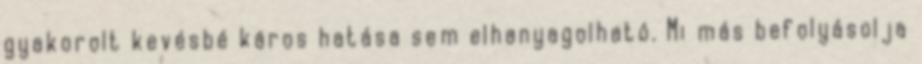
gyakorolt kevésbé káros hatása sem elhanyagolható. Mi más befolyásolja